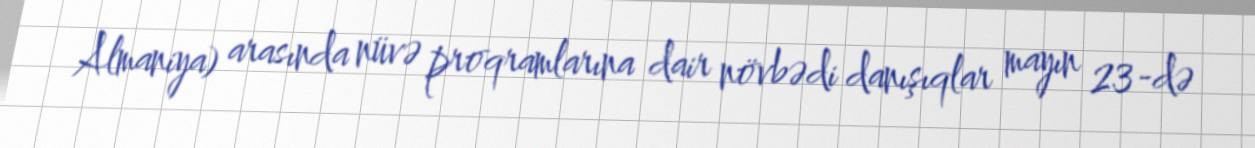
Almaniya) arasında nüvə proqramlarına dair növbədi danışıqlar mayın 23-də